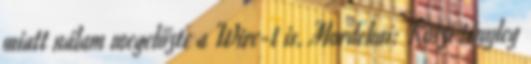
miatt nálam megelőzte a Wire-t is. Mordekai: Köszi tényleg